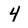
Character: 4